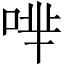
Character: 𠴟